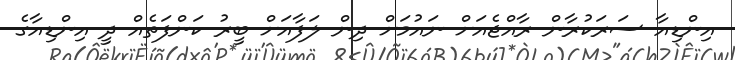
އިންޑިއާ ސަރަކުރާން ރާއްޖެއަށް ނައުމަށް ދިން ލަފާއަށް ބީރު ކަންފަތެއް ދީ އިންޑިއާގެ